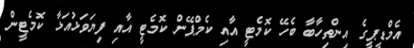
އެމްޑީޕީގެ އިންތިހާބާ ބެހޭ ކޮމެޓީ އާއި ކެމްޕޭން ކޮމެޓީ އާއި ފިޔަވަޅުއަޅާ ކޮމެޓީން